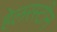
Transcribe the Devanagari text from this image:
हेलरस्टीन